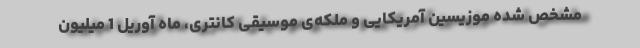
مشخص شده موزیسین آمریکایی و ملکه‌ی موسیقی کانتری، ماه آوریل 1 میلیون